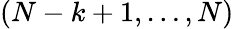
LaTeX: (N-k+1,\ldots,N)